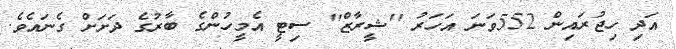
އަދި ހިޖުރައިން 552ވަނަ އަހަރު ''ޝީރާޒް'' ސިޓީ އެމީހުންގެ ބާރުގެ ދަށަށް ގެނައެވެ.